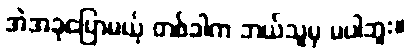
အဲအခုပြောမယ့် တစ်ခါက ဘယ်သူမှ မပါဘူး။